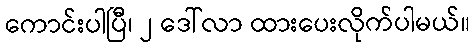
ကောင်းပါပြီ၊ ၂ ဒေါ်လာ ထားပေးလိုက်ပါမယ်။